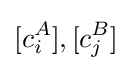
[c_{i}^{A}],[c_{j}^{B}]